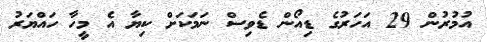
އުމުރުން 29 އަހަރުގެ ޑިއޯން ޑެވިސް ނަމަކަށް ކިޔާ އެ މީހާ ހައްޔަރު